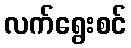
လက်ရွေးစင်